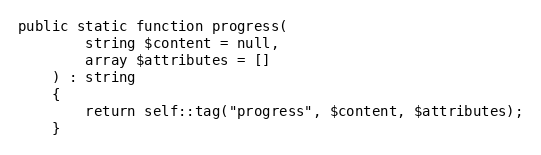
Language: PHP
public static function progress(
        string $content = null,
        array $attributes = []
    ) : string
    {
        return self::tag("progress", $content, $attributes);
    }